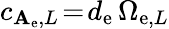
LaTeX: c_{\mathbf{A}_{\mathrm{e}},L}\! =\! d_{\mathrm{e}}\, \Omega_{\mathrm{e},L}